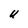
Character: U